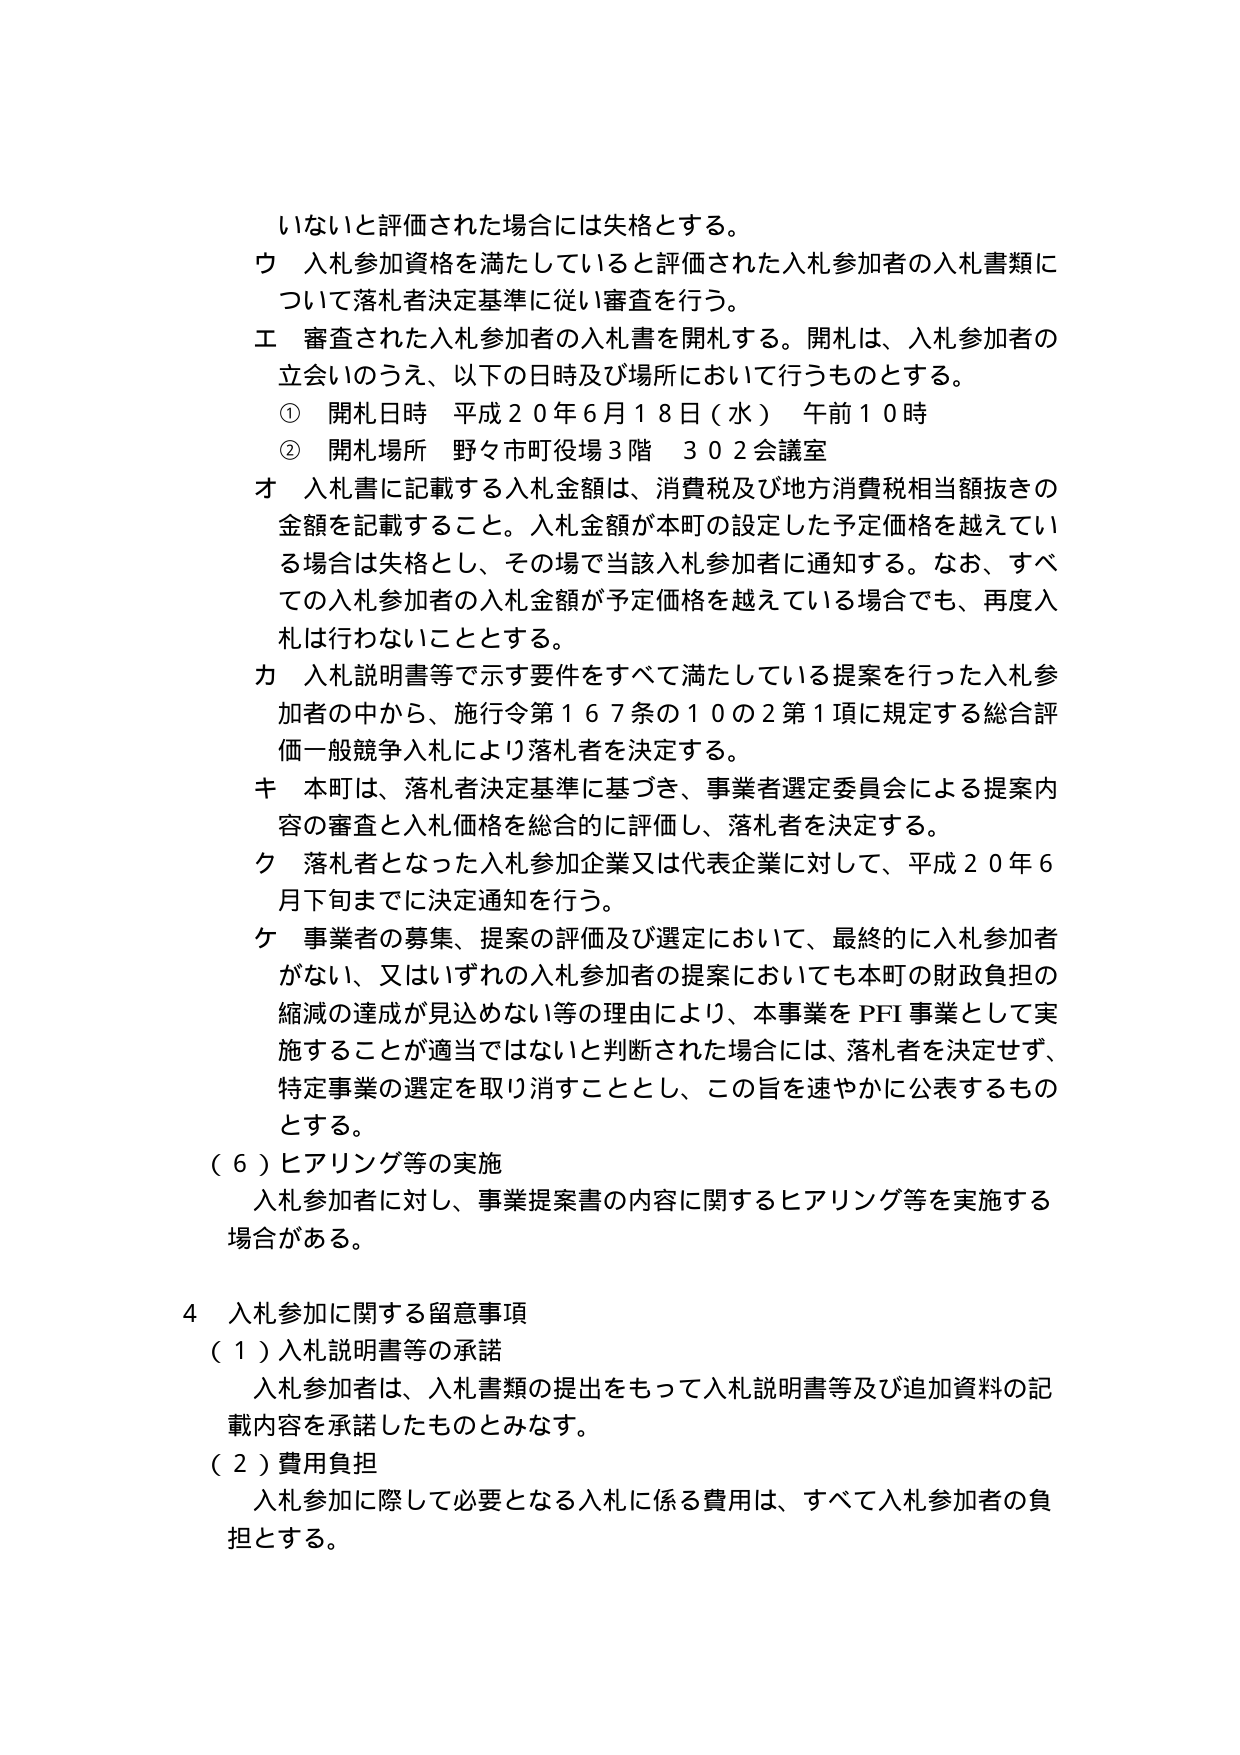
いないと評価された場合には失格とする。
ウ 入札参加資格を満たしていると評価された入札参加者の入札書類に
ついて落札者決定基準に従い審査を行う。
エ 審査された入札参加者の入札書を開札する。開札は、入札参加者の
立会いのうえ、以下の日時及び場所において行うものとする。
① 開札日時 平成２０年６月１８日（水） 午前１０時
② 開札場所 野々市町役場３階 ３０２会議室
オ 入札書に記載する入札金額は、消費税及び地方消費税相当額抜きの
金額を記載すること。入札金額が本町の設定した予定価格を越えてい
る場合は失格とし、その場で当該入札参加者に通知する。なお、すべ
ての入札参加者の入札金額が予定価格を越えている場合でも、再度入
札は行わないこととする。
カ 入札説明書等で示す要件をすべて満たしている提案を行った入札参
加者の中から、施行令第１６７条の１０の２第１項に規定する総合評
価一般競争入札により落札者を決定する。
キ 本町は、落札者決定基準に基づき、事業者選定委員会による提案内
容の審査と入札価格を総合的に評価し、落札者を決定する。
ク 落札者となった入札参加企業又は代表企業に対して、平成２０年６
月下旬までに決定通知を行う。
ケ 事業者の募集、提案の評価及び選定において、最終的に入札参加者
がない、又はいずれの入札参加者の提案においても本町の財政負担の
縮減の達成が見込めない等の理由により、本事業をPFI事業として実
施することが適当ではないと判断された場合には、落札者を決定せず、
特定事業の選定を取り消すこととし、この旨を速やかに公表するもの
とする。
（６）ヒアリング等の実施
入札参加者に対し、事業提案書の内容に関するヒアリング等を実施する
場合がある。
４ 入札参加に関する留意事項
（１）入札説明書等の承諾
入札参加者は、入札書類の提出をもって入札説明書等及び追加資料の記
載内容を承諾したものとみなす。
（２）費用負担
入札参加に際して必要となる入札に係る費用は、すべて入札参加者の負
担とする。